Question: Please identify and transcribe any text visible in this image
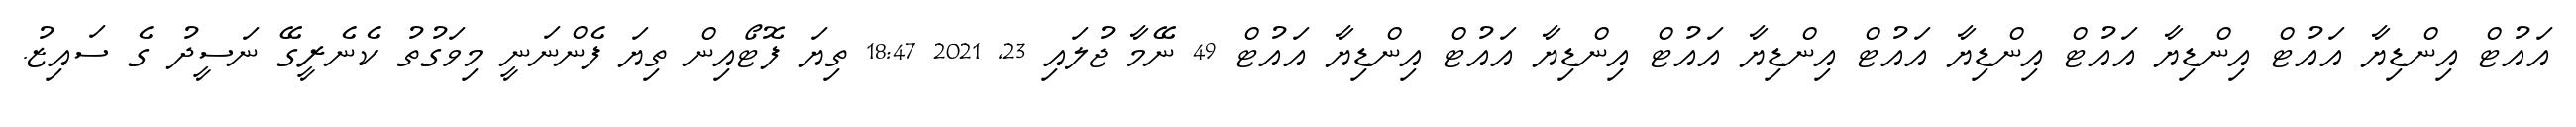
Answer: އައުޓް އިންޑިޔާ އައުޓް އިންޑިޔާ އައުޓް އިންޑިޔާ އައުޓް އިންޑިޔާ އައުޓް އިންޑިޔާ އައުޓް އިންޑިޔާ އައުޓް 49 ނޭމާ ޖުލައި 23, 2021 18:47 ތިޔަ ފޮޓޯއިން ތިޔަ ފެންނަނީ މިވަގުތު ކެނެރީގޭ ނަސީދު ގެ ސައިޒު.